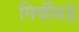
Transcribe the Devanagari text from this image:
मिर्चीबड़े